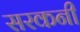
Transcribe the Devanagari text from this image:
सरकनी